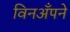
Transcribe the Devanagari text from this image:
विनअँपने